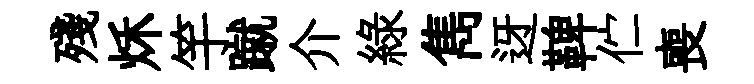
殘秌竽蹴介綠雋迓鞞伫喪